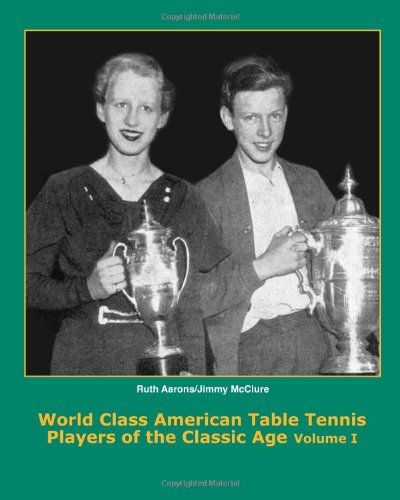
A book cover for World Class American Table Tennis Players of the Classic Age (A Complete History of the Classic Age of American Table Tennis); Dean Robert Johnson; Sports & Outdoors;